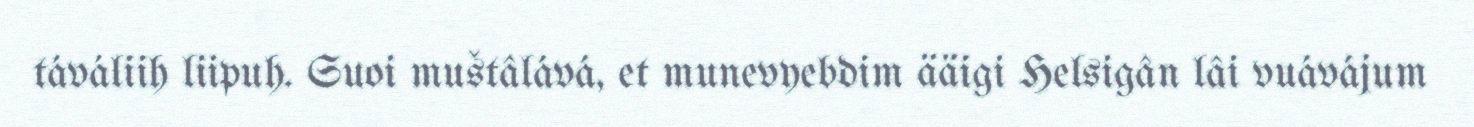
táváliih liipuh. Suoi muštâlává, et munevyebdim ääigi Helsigân lâi vuávájum